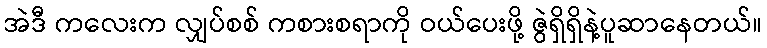
အဲဒီ ကလေးက လျှပ်စစ် ကစားစရာကို ဝယ်ပေးဖို့ ဇွဲရှိရှိနဲ့ပူဆာနေတယ်။